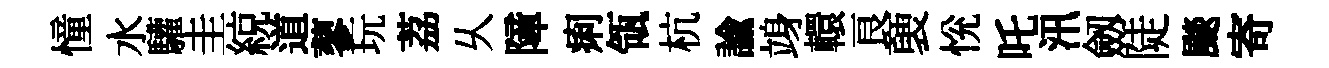
憧水驩圭綂道蓼玩荔乆障痢瓴杭諭竧轘良褏恱吒汛劔陡颷寄